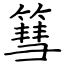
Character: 篲